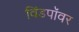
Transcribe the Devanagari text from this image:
विंडपॉवर